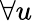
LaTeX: \forall u